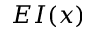
E I ( x )